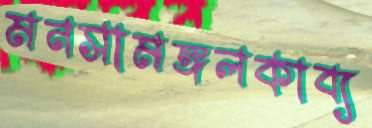
মনসামঙ্গলকাব্য